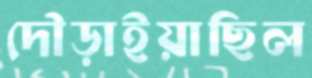
দৌড়াইয়াছিল